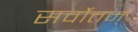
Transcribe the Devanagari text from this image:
सर्वोत्तम्